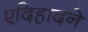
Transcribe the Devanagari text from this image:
एदिहादने